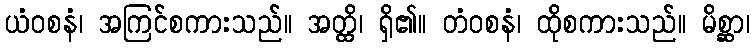
ယံဝစနံ၊ အကြင်စကားသည်။ အတ္ထိ၊ ရှိ၏။ တံဝစနံ၊ ထိုစကားသည်။ မိစ္ဆာ၊